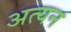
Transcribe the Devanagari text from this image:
अत्यन